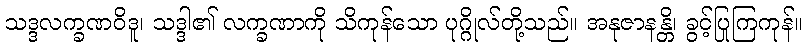
သဒ္ဒလက္ခဏဝိဒူ၊ သဒ္ဒါ၏ လက္ခဏာကို သိကုန်သော ပုဂ္ဂိုလ်တို့သည်။ အနုဇာနန္တိ၊ ခွင့်ပြုကြကုန်။